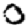
Digit: 0